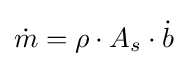
{\dot {m}}=\rho \cdot A_{s}\cdot {\dot {b}}